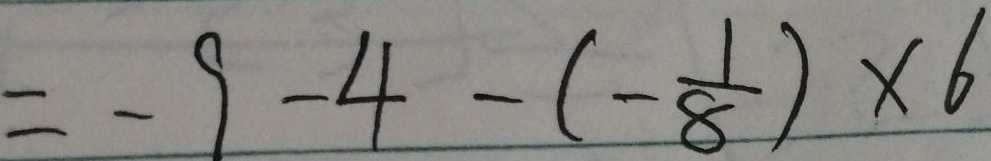
= - 9 - 4 - ( - \frac { 1 } { 8 } ) \times 6